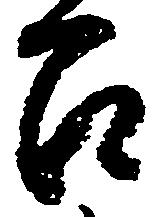
召